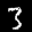
Label: 3